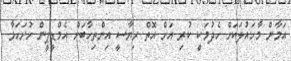
އަމާން މާހައުލަކަށް ހެދުމަކީ ކުރި އަށް އޮތް ރިޔާސީ އިންތިހާބަށް އެމްޑީޕީން ހުށަހަޅާ